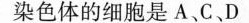
染色体的细胞是A、C 、D